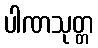
ပါဏသုတ္တ